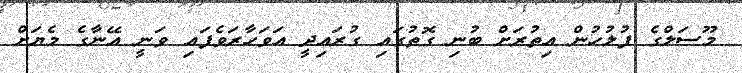
މޫސަލްގެ ފުލުހުން އިތުރަށް ބުނި ގޮތުގައި ގުރައިދީ އަވަހާރަވެފައި ވަނީ އޭނާގެ މެޔަށް